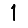
Digit: 1